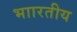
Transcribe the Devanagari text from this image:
भाारतीय